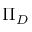
\Pi _ { D }